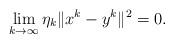
LaTeX: \begin{align*} \lim_{k \to \infty} \eta_k\| x^k - y^k\|^2 = 0.\end{align*}